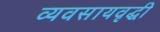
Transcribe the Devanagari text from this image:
व्यवसायवृद्धी